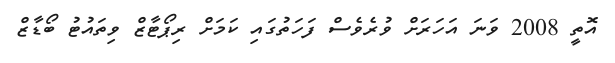
އޮތީ 2008 ވަނަ އަހަރަށް ވުރެވެސް ފަހަތުގައި ކަމަށް ރިޕޯޓާޒް ވިތައުޓު ބޯޑާޒް